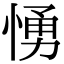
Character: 愑